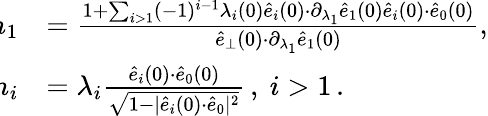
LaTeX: \begin{array}{rl}{\! \! \! \! m_{1}}&{=\frac{1+\sum_{i>1}(-1)^{i-1}\lambda_{i}(0)\hat{e}_{i}(0){\cdot}\partial_{\lambda_{1}}\hat{e}_{1}(0)\hat{e}_{i}(0){\cdot}\hat{e}_{0}(0)}{\hat{e}_{\perp}(0){\cdot}\partial_{\lambda_{1}}\hat{e}_{1}(0)},}\\ {\! \! \! \! m_{i}}&{=\lambda_{i}\frac{\hat{e}_{i}(0){\cdot}\hat{e}_{0}(0)}{\sqrt{1-|\hat{e}_{i}(0){\cdot}\hat{e}_{0}|^{2}}}\, ,~i>1\, .}\end{array}